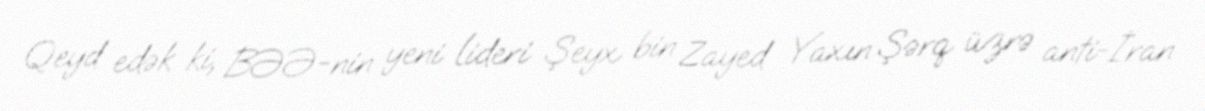
Qeyd edək ki, BƏƏ-nin yeni lideri Şeyx bin Zayed Yaxın Şərq üzrə anti-İran